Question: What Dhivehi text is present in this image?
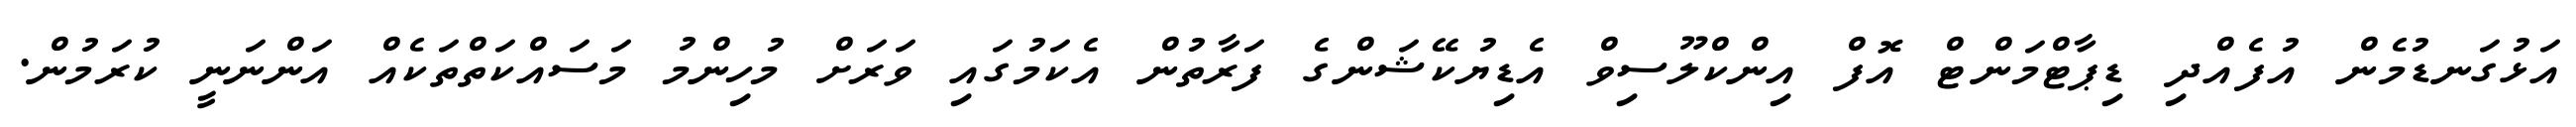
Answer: އަޅުގަނޑުމެން އުފެއްދި ޑިޕާޓްމަންޓް އޮފް އިންކްލޫސިވް އެޑިޔުކޭޝަންގެ ފަރާތުން އެކަމުގައި ވަރަށް މުހިންމު މަސައްކަތްތަކެއް އަންނަނީ ކުރަމުން.